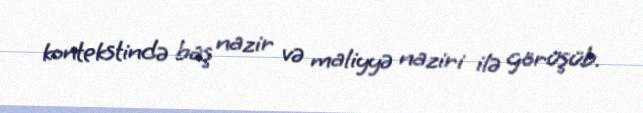
kontekstində baş nazir və maliyyə naziri ilə görüşüb.